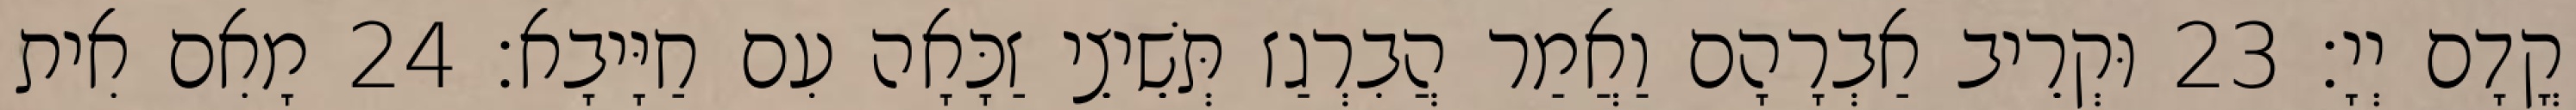
קֳדָם יְיָ׃ 23 וּקְרֵיב אַבְרָהָם וַאֲמַר הֲבִרְגַז תְּשֵׁיצֵי זַכָּאָה עִם חַיָּיבָא׃ 24 מָאִם אִית